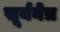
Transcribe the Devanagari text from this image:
सूर्यनेत्र